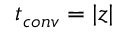
t _ { c o n v } = | z |